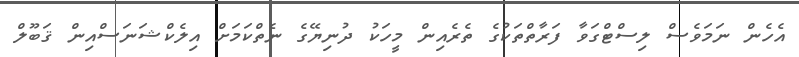
އެހެން ނަމަވެސް ލިސްޓްގަވާ ފަރާތްތަކުގެ ތެރެއިން މީހަކު ދުނިޔޭގެ ނެތްކަމަށް އިލެކްޝަނަސްއިން ޤަބޫލް